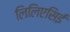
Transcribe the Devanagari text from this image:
लिलिएसिई